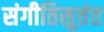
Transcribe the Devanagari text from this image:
संगीतिसुत्तंत